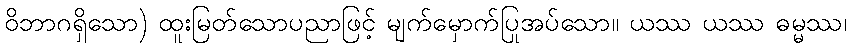
ဝိဘာဂရှိသော) ထူးမြတ်သောပညာဖြင့် မျက်မှောက်ပြုအပ်သော။ ယဿ ယဿ ဓမ္မဿ၊